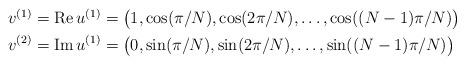
LaTeX: \begin{align*}\begin{aligned}v^{(1)}=\textup{Re}\,u^{(1)}&=\big(1,\cos(\pi/N),\cos(2\pi/N),\ldots,\cos((N-1)\pi/N)\big)\\v^{(2)}=\textup{Im}\,u^{(1)}&=\big(0,\sin(\pi/N),\sin(2\pi/N),\ldots,\sin((N-1)\pi/N)\big)\end{aligned}\end{align*}